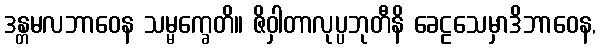
ဒန္တမလဘာဝေန သမ္မက္ခေတိ။ ဇိဝှါတာလုပ္ပဘုတီနိ ခေဠသေမှာဒိဘာဝေန,